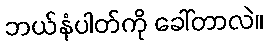
ဘယ်နံပါတ်ကို ခေါ်တာလဲ။